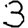
Digit: 3